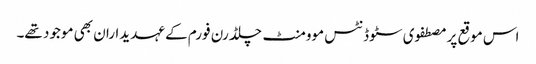
اس موقع پر مصطفوی سٹوڈنٹس موومنٹ چلڈرن فورم کے عہدیداران بھی موجود تھے۔